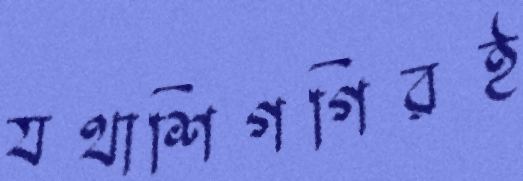
যথাশিগগিরই